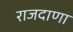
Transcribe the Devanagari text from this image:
राजदाणा